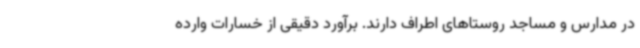
در مدارس و مساجد روستاهای اطراف دارند. برآورد دقیقی از خسارات وارده